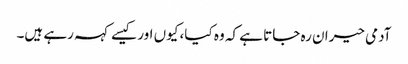
آدمی حیران رہ جاتا ہے کہ وہ کیا، کیوں اور کیسے کہہ رہے ہیں۔